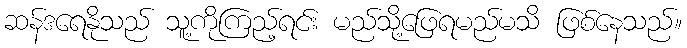
ဆန်ဒရေနိုသည် သူ့ကိုကြည့်ရင်း မည်သို့ဖြေရမည်မသိ ဖြစ်နေသည်။